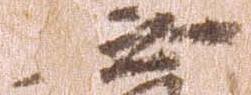
無